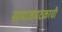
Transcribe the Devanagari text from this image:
समाजघटकाची